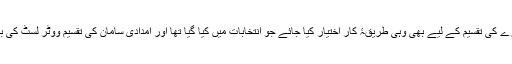
میاں فیاض ربانی نے مشورہ دیا ہے کہ گندم، خوراک اور چارے کی تقسیم کے لیے بھی وہی طریقۂ کار اختیار کیا جائے جو انتخابات میں کیا گیا تھا اور امدادی سامان کی تقسیم ووٹر لسٹ کی بنیاد پر ہو اور ہر شناختی کارڈ پر 50 کلو گرام گندم دی جائے۔